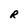
Character: R